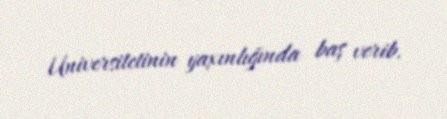
Universitetinin yaxınlığında baş verib.